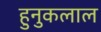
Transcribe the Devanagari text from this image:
हुनुकलाल